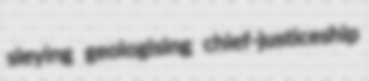
sleying geologising chief-justiceship